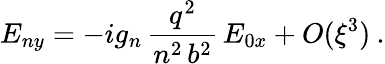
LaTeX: E_{ny}=-ig_{n}\, \frac{q^{2}}{n^{2}\, b^{2}}\, E_{0x}+O(\xi^{3})\: .